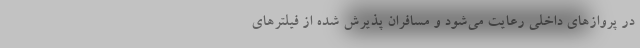
در پرواز‌های داخلی رعایت می‌شود و مسافران پذیرش شده از فیلتر‌های